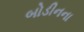
બોડીનના